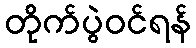
တိုက်ပွဲဝင်ရန်